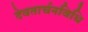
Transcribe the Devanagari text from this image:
देवतार्चनविधि